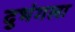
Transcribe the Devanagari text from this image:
दुभंगला